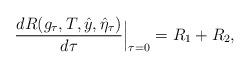
LaTeX: \begin{align*}\frac{dR(g_\tau,T,\hat y,\hat\eta_\tau)}{d\tau}\Big|_{\tau=0}=R_1+R_2,\end{align*}